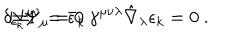
LaTeX: \delta _ { \epsilon _ { k } } \Psi _ { \mu } = 0 \hspace { 2 c m } \Longrightarrow \hspace { 2 c m } N ^ { \mu \nu } = \bar { \epsilon } _ { k } \, \gamma ^ { \mu \nu \lambda } \hat { \nabla } _ { \lambda } \epsilon _ { k } = 0 \ .